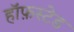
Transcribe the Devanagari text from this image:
हॉफ़स्टेड